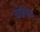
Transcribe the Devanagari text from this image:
कोशिश्